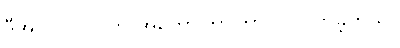
ဒီအလုပ် လုပ်ကို အတော်ကြာကြာ လုပ်လာခဲ့တယ်။